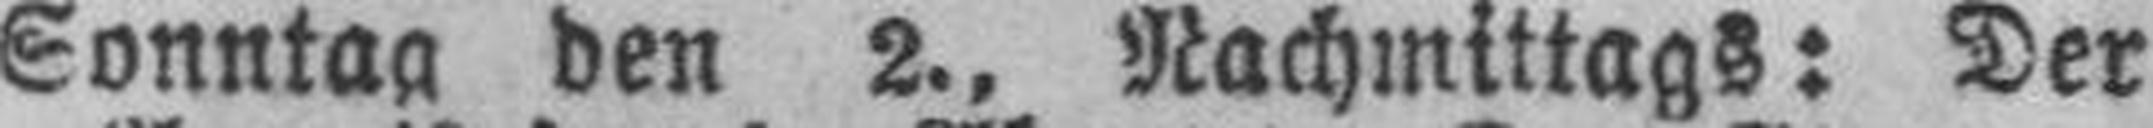
Sonntag den 2., Nachmittags: Der